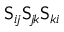
\mathsf { S } _ { i \! j } \mathsf { S } _ { \! j \! k } \mathsf { S } _ { k i }